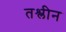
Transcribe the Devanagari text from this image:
तश्लीन